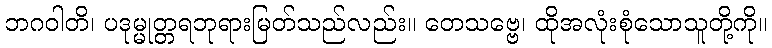
ဘဂဝါတိ၊ ပဒုမ္မုတ္တရဘုရားမြတ်သည်လည်း။ တေသဗ္ဗေ၊ ထိုအလုံးစုံသောသူတို့ကို။